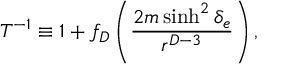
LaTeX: T ^ { - 1 } \equiv 1 + f _ { D } \left( { \frac { 2 m \sinh ^ { 2 } \delta _ { e } } { r ^ { D - 3 } } } \right) ,